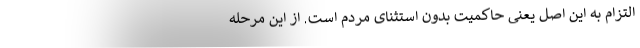
التزام به این اصل یعنی حاکمیت بدون استثنای مردم است. از این مرحله